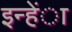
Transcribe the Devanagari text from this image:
इन्हेंा